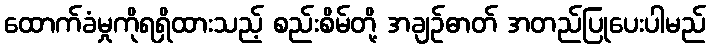
ထောက်ခံမှုကိုရရှိထားသည့် စည်းစိမ်တို့ အချဉ်ဓာတ် အတည်ပြုပေးပါမည်